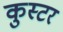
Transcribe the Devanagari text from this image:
कुस्टर